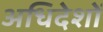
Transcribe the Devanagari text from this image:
अधिदेशों